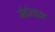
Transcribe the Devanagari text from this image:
मेटोलाइट